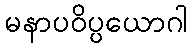
မနာပဝိပ္ပယောဂါ